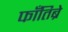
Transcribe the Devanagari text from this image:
फाँतिब्रे